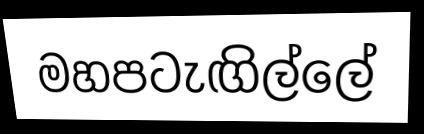
මහපටැඟිල්ලේ